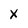
Character: x